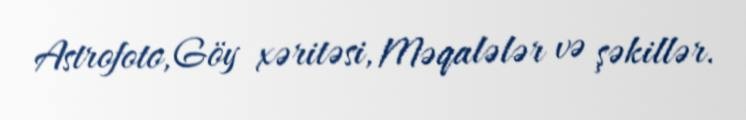
Astrofoto, Göy xəritəsi, Məqalələr və şəkillər.